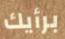
برأيك